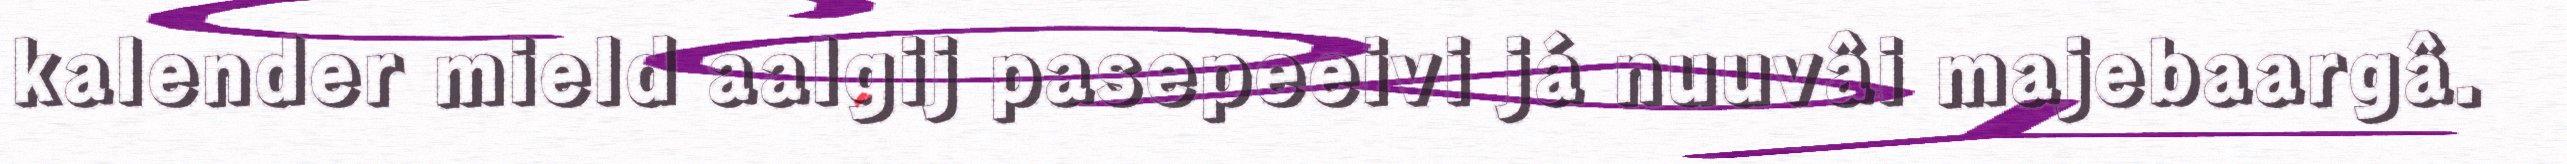
kalender mield aalgij pasepeeivi já nuuvâi majebaargâ.